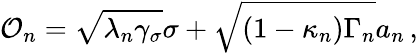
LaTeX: \mathcal{O}_{n}=\sqrt{\lambda_{n}\gamma_{\sigma}}\sigma+\sqrt{(1-\kappa_{n})\Gamma_{n}}a_{n}\, ,